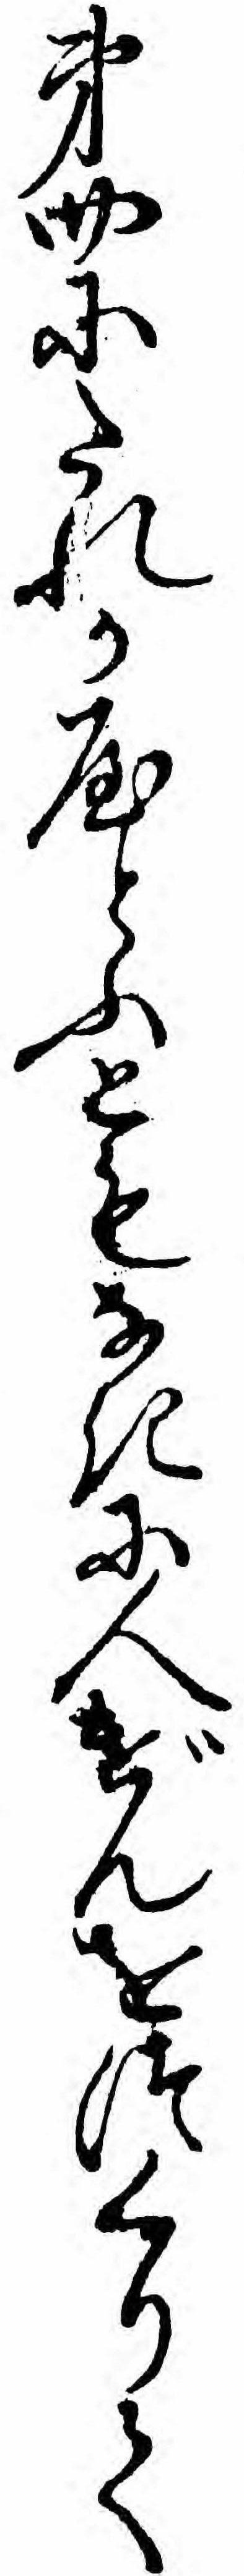
第四にたれかやとふともなきに人げんをつくりて